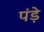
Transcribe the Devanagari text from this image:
पंड़े